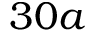
3 0 a